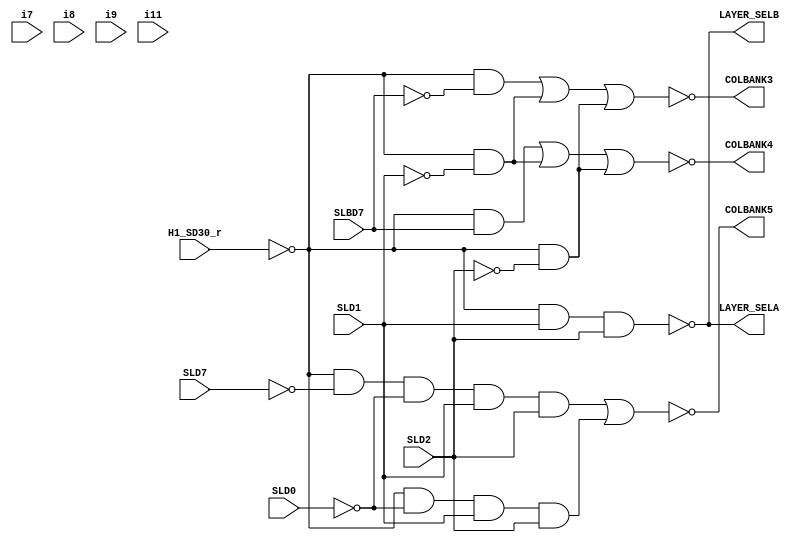
//pal16l8a_F9_nodly.v
//Thanks to @caiusarcade for the ArianMission PLD dump.
//This PLD was simplified, cleaned and tested on real hardware (GAL16V8-25LP device)
`default_nettype none
`timescale 1ns/1ps

module pal16l8a_F9_nodly (
    //inputs
    input wire SLBD7, //2 I1
    input wire SLD7, //3 I2
    input wire SLD0, //4 I3
    input wire SLD1, //5 I4
    input wire SLD2, //6 I5
    input wire i7, //7 VCC I6
    input wire i8, //8 VCC I7
    input wire i9, //9 VCC I8
    input wire i11, //11 VCC I9
    input wire H1_SD30_r, //13 B1
    //outputs
    output wire COLBANK5, //12 B0
    output wire LAYER_SELA, //15 B3
    output wire LAYER_SELB, //16 B4
    output wire COLBANK3, //17 B5
    output wire COLBANK4 //18 B6
);
    // !COLBANK5 =>
    //     !H1_SD30_r & !SLD7 & !SLD0 & SLD1 & SLD2
    //   # !H1_SD30_r & !SLD0 & SLD1 & SLD2 & VCC & VCC & VCC
    //   # !H1_SD30_r & SLD1 & SLD2 & !VCC & VCC & VCC & VCC

    // !LAYER_SELA =>
    //     !H1_SD30_r & SLD1 & SLD2
    //   # !H1_SD30_r & SLD7 & !VCC
    //   # !H1_SD30_r & SLD7 & !VCC
    //   # !H1_SD30_r & SLD7 & !VCC

    // !LAYER_SELB =>
    //     !H1_SD30_r & SLD1 & SLD2 & VCC & VCC & VCC

    // !COLBANK3 =>
    //     !H1_SD30_r & !SLBD7
    //   # !H1_SD30_r & !SLD1
    //   # !H1_SD30_r & !SLD2
    //   # !H1_SD30_r & !VCC
    //   # !H1_SD30_r & !VCC
    //   # !H1_SD30_r & !VCC

    // !COLBANK4 =>
    //     !H1_SD30_r & SLBD7
    //   # !H1_SD30_r & !SLD1
    //   # !H1_SD30_r & !SLD2
    //   # !H1_SD30_r & !VCC
    //   # !H1_SD30_r & !VCC
    //   # !H1_SD30_r & !VCC

    wire H1_SD30_r_neg;
    wire SLBD7_neg;
    wire SLD7_neg;
    wire SLD0_neg;
    wire SLD1_neg;
    wire SLD2_neg;

    assign  H1_SD30_r_neg = ~H1_SD30_r;
    assign  SLBD7_neg     = ~SLBD7;
    assign  SLD7_neg      = ~SLD7;
    assign  SLD0_neg      = ~SLD0;
    assign  SLD1_neg      = ~SLD1;
    assign  SLD2_neg      = ~SLD2;

    //------------------------------------------------------
    // assign  COLBANK5   = ~((H1_SD30_r_neg & SLD7_neg & SLD0_neg & SLD1 & SLD2) | 
    //                                            (H1_SD30_r_neg &            SLD0_neg & SLD1 & SLD2) |
    //                                            (H1_SD30_r_neg &                       SLD1 & SLD2));
     assign  COLBANK5   = ~((H1_SD30_r_neg & SLD7_neg & SLD0_neg & SLD1 & SLD2) | 
                                               (H1_SD30_r_neg &             SLD0_neg & SLD1 & SLD2));                                              
    //------------------------------------------------------
    assign  LAYER_SELA = ~((H1_SD30_r_neg &                       SLD1 & SLD2));  
    //------------------------------------------------------
    assign  LAYER_SELB = ~((H1_SD30_r_neg &                       SLD1 & SLD2));
    //------------------------------------------------------
    assign  COLBANK3   = ~((H1_SD30_r_neg &  SLBD7_neg                         ) |
                                               (H1_SD30_r_neg &                         SLD1_neg   ) |
                                               (H1_SD30_r_neg &                         SLD2_neg   ));
    //------------------------------------------------------
    assign  COLBANK4   = ~((H1_SD30_r_neg &  SLBD7                             ) |
                                               (H1_SD30_r_neg &                         SLD1_neg   ) |
                                               (H1_SD30_r_neg &                         SLD2_neg   ));           
endmodule